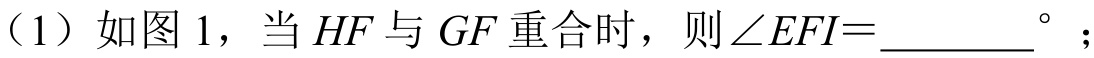
（1）如图 1，当 \(HF\) 与 \(GF\) 重合时，则 \(\angle EFI = \underline{\ \ \ \ \ \ \ \ }^{\circ}\)；